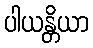
ပါယန္တိယာ